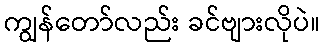
ကျွန်တော်လည်း ခင်ဗျားလိုပဲ။